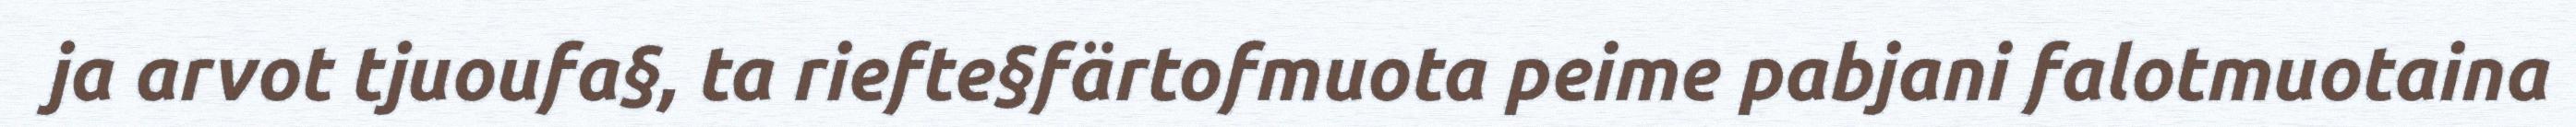
ja arvot tjuoufa§, ta riefte§färtofmuota peime pabjani falotmuotaina